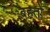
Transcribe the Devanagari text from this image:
बहतो